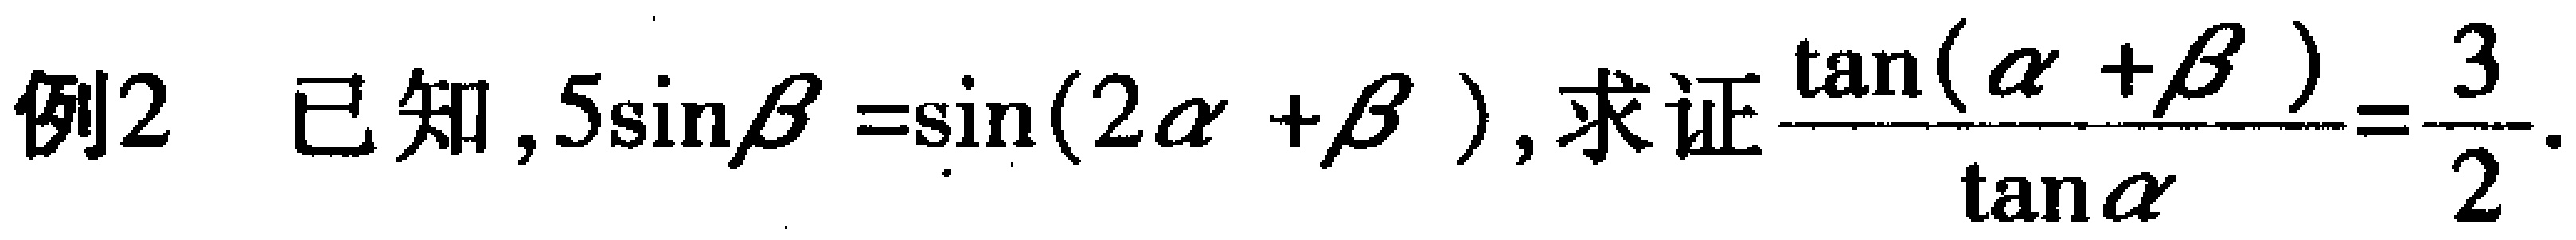
例2 已知，$5\sin\beta=\sin(2\alpha +\beta)$，求证$\frac{\tan(\alpha +\beta)}{\tan\alpha}=\frac{3}{2}$.